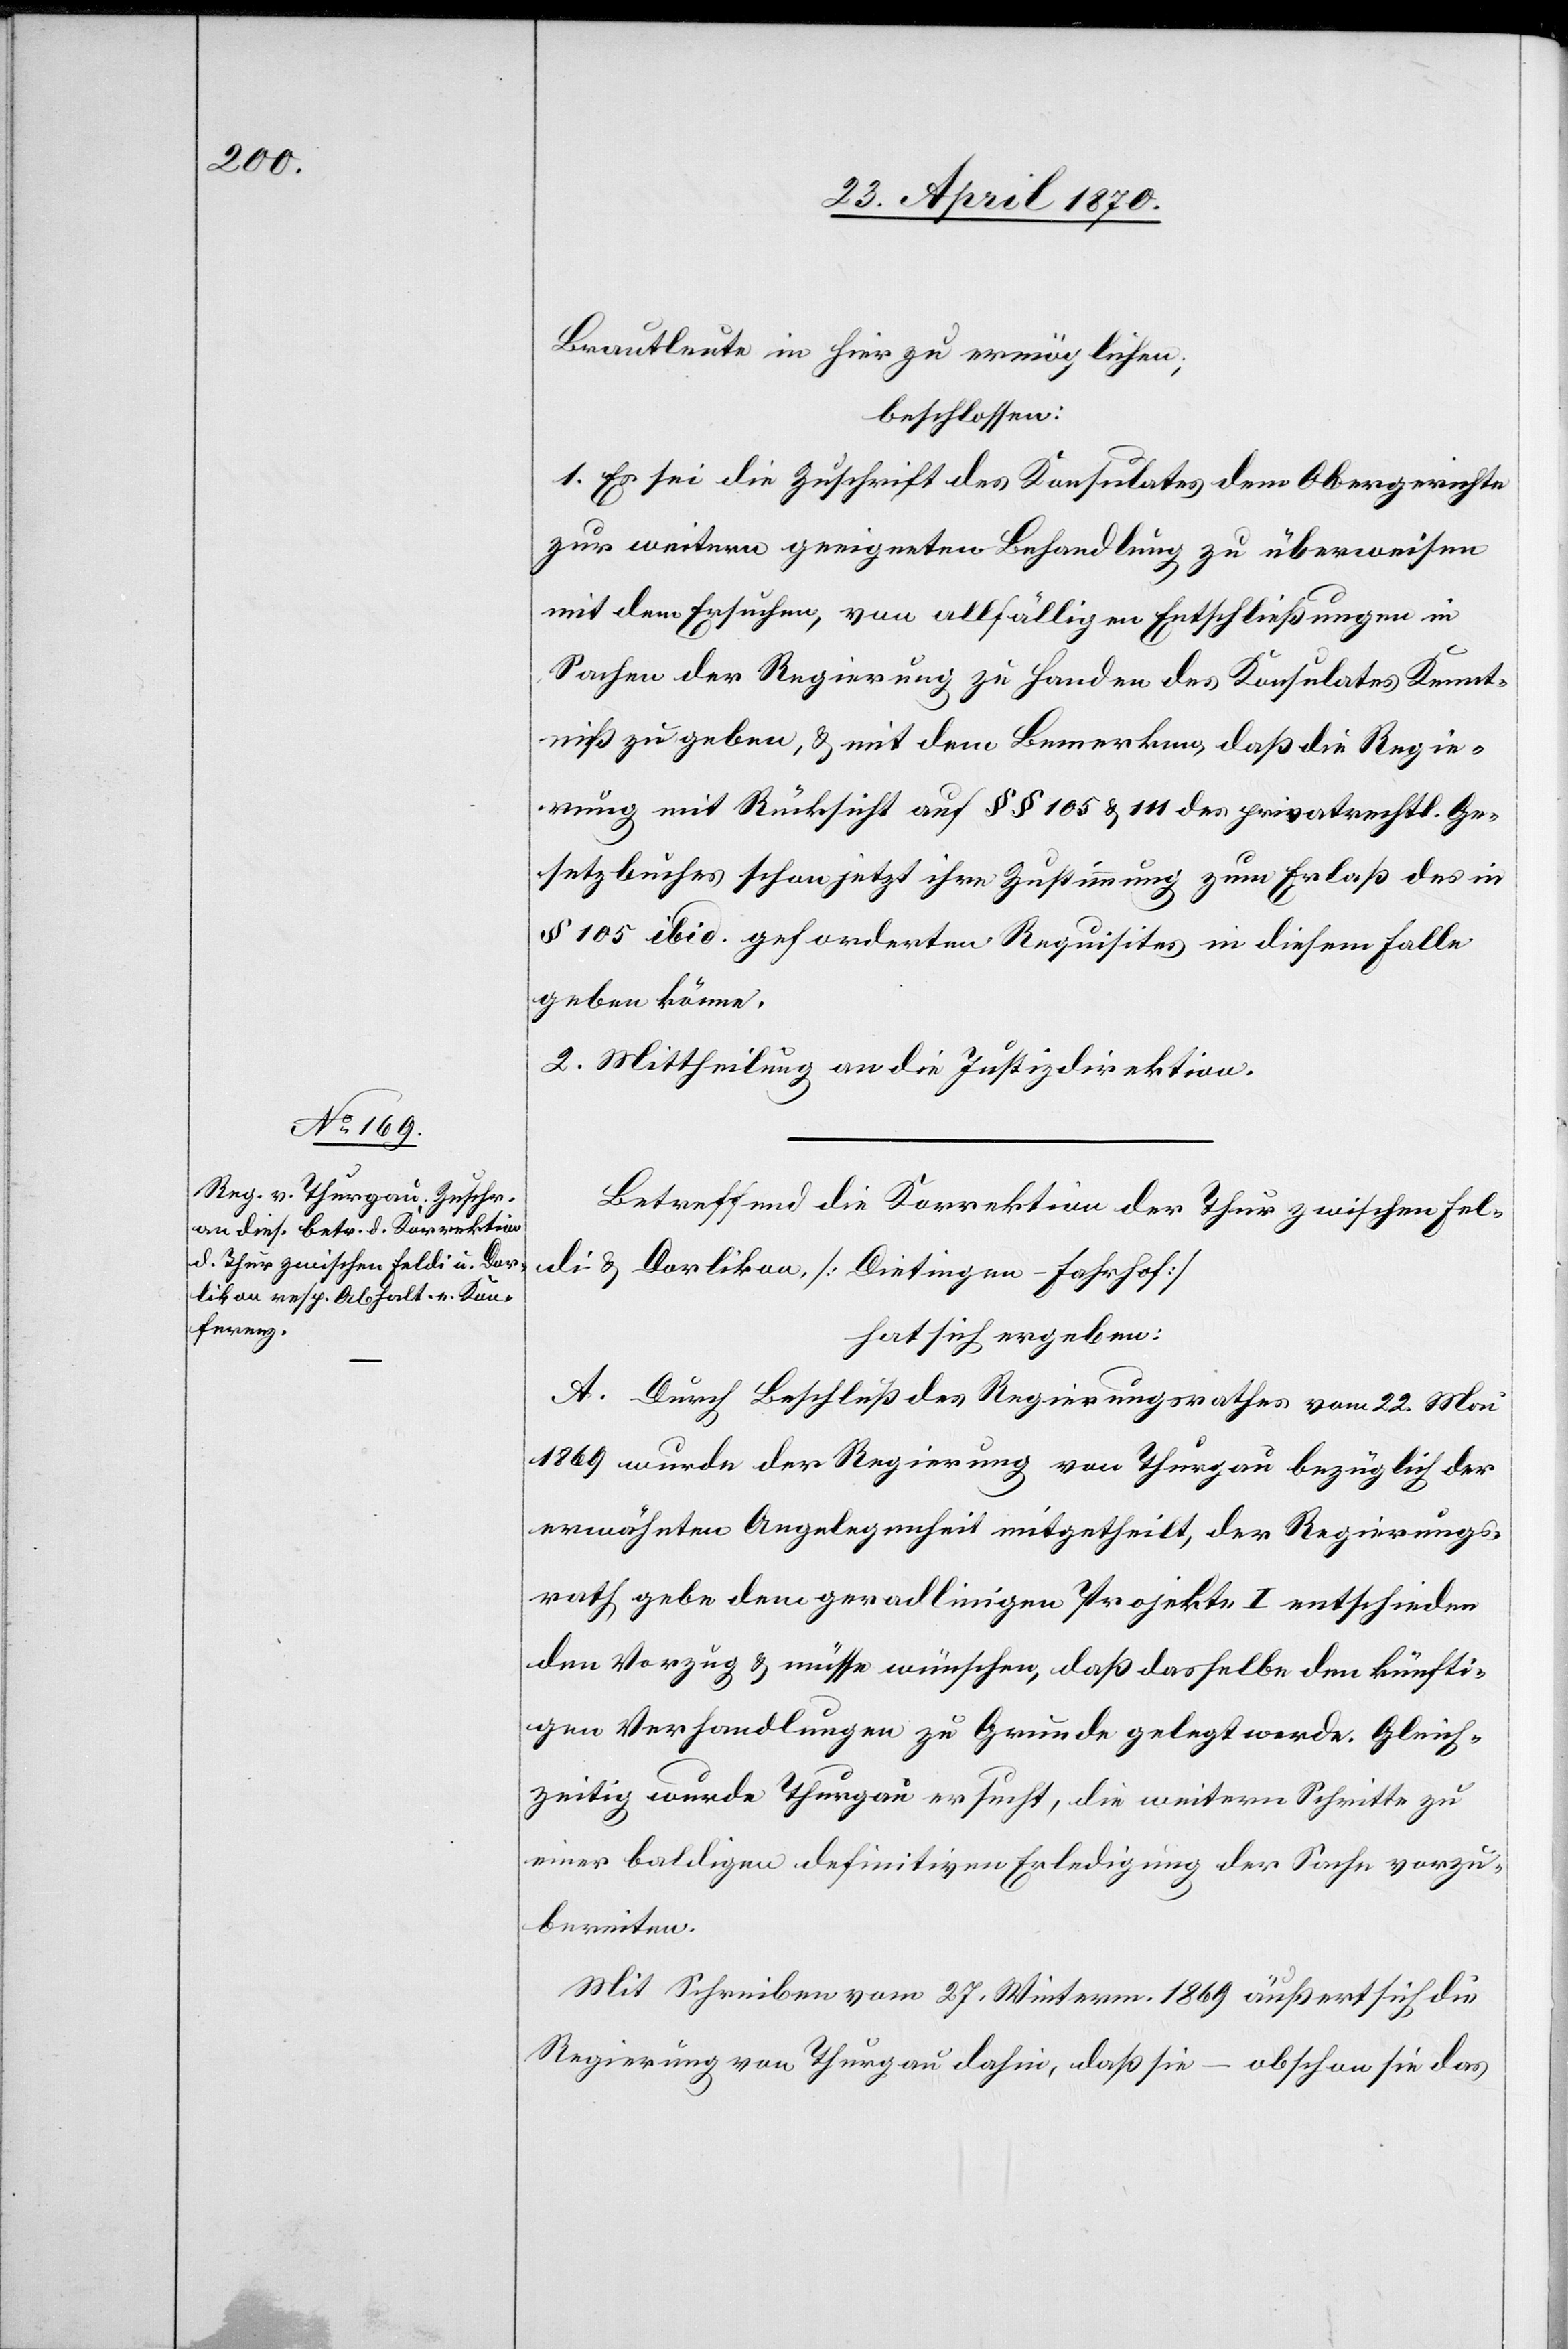
Brautleute in hier zu ermöglichen,
beschlossen:
1. Es sei die Zuschrift des Konsulates dem Obergerichte
zur weitern geeigneten Behandlung zu überweisen
mit dem Ersuchen, von allfälligen Entschließungen in
Sachen der Regierung zu Handen des Konsulates Kennt¬
niß zu geben, & mit dem Bemerken, daß die Regie¬
rung mit Rücksicht auf §§ 105 & 111 des privatrechtl. Ge¬
setzbuches schon jetzt ihre Zustimmung zum Erlaß des in
§ 105 ibid. geforderten Requisites in diesem Falle
geben könne.
2. Mittheilung an die Justizdirektion.
Betreffend die Korrektion der Thur zwischen Fel¬
di & Dorlikon [Dietingen–Fahrhof]
hat sich ergeben:
A. Durch Beschluß des Regierungsrathes vom 22. Mai
1869 wurde der Regierung von Thurgau bezüglich der
erwähnten Angelegenheit mitgetheilt, der Regierungs¬
rath gebe dem geradlinigen Projekte I entschieden
den Vorzug & müsse wünschen, daß dasselbe den künfti¬
gen Verhandlungen zu Grunde gelegt werde. Gleich¬
zeitig wurde Thurgau ersucht, die weitern Schritte zu
einer baldigen definitiven Erledigung der Sache vorzu¬
bereiten.
Mit Schreiben vom 27. Winterm. 1869 äußert sich die
Regierung von Thurgau dahin, daß sie – obschon sie das